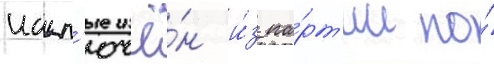
искл'ючё́н и́з па́рт'ии по́